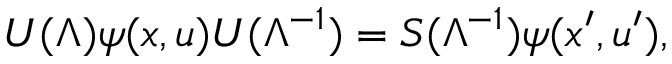
U ( \Lambda ) \psi ( x , u ) U ( \Lambda ^ { - 1 } ) = S ( \Lambda ^ { - 1 } ) \psi ( x ^ { \prime } , u ^ { \prime } ) ,